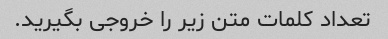
تعداد کلمات متن زیر را خروجی بگیرید.